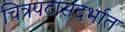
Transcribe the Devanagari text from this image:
चित्रपटासंदर्भात